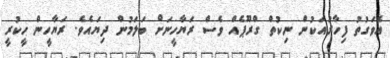
އެވަގުތު ފިހާރައަކުން ނިކުތް ގްރޫޕެއް ވެސް ރަޔާހީނަށް ބަލަމުން ދިޔައެވެ. ރަޔާހީން ހީކުރީ